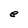
Character: e